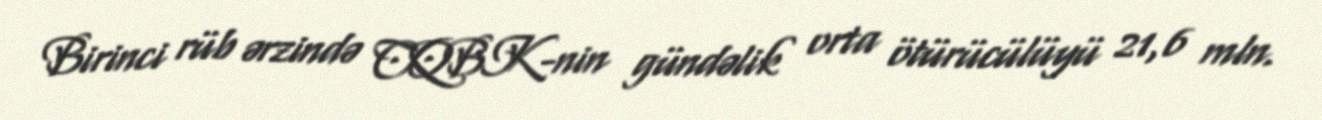
Birinci rüb ərzində CQBK-nin gündəlik orta ötürücülüyü 21,6 mln.